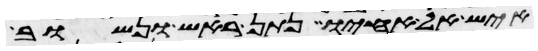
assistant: איש אל אחיו נתן ראש ונשוב